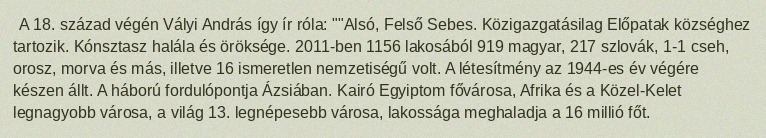
A 18. század végén Vályi András így ír róla: ""Alsó, Felső Sebes. Közigazgatásilag Előpatak községhez tartozik. Kónsztasz halála és öröksége. 2011-ben 1156 lakosából 919 magyar, 217 szlovák, 1-1 cseh, orosz, morva és más, illetve 16 ismeretlen nemzetiségű volt. A létesítmény az 1944-es év végére készen állt. A háború fordulópontja Ázsiában. Kairó Egyiptom fővárosa, Afrika és a Közel-Kelet legnagyobb városa, a világ 13. legnépesebb városa, lakossága meghaladja a 16 millió főt.